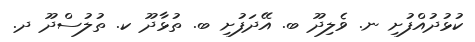
ކުޅުދުއްފުށި ނ. ވެލިދޫ ބ. އޭދަފުށި ބ. ތުޅާދޫ ކ. ތުލުސްދޫ ދ.